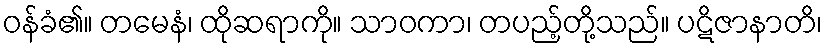
ဝန်ခံ၏။ တမေနံ၊ ထိုဆရာကို။ သာဝကာ၊ တပည့်တို့သည်။ ပဋိဇာနာတိ၊